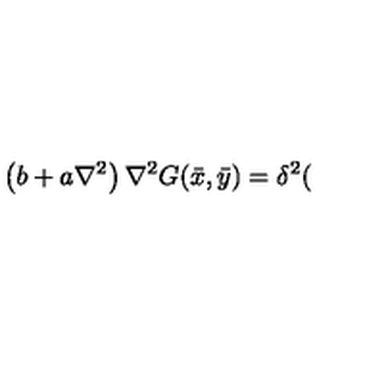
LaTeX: \left( b + a \nabla ^ { 2 } \right) \nabla ^ { 2 } G ( \bar { x } , \bar { y } ) = \delta ^ { 2 } (